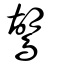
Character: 鶦